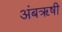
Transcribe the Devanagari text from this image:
अंबॠषी